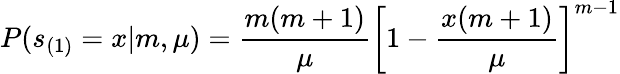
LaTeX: P(s_{(1)}=x|m,\mu)=\frac{m(m+1)}{\mu}\left[1-\frac{x(m+1)}{\mu}\right]^{m-1}